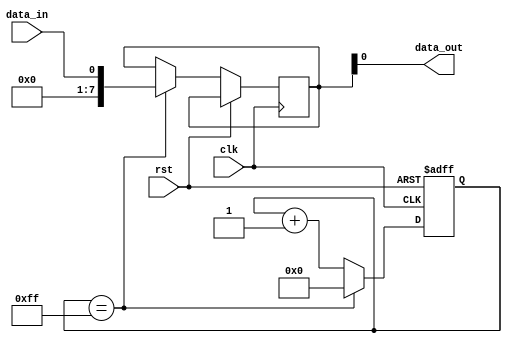
module RC_Delay (
    input wire clk,
    input wire rst,
    input wire data_in,
    output wire data_out
);

  reg [7:0] counter = 8'h00;
  reg [7:0] delay = 8'hFF;
  reg [7:0] rc_delay = 8'h00;

  always @(posedge clk or posedge rst) begin
    if (rst) begin
      counter <= 8'h00;
    end else begin
      if (counter == delay) begin
        rc_delay <= data_in;
        counter <= 8'h00;
      end else begin
        counter <= counter + 1;
      end
    end
  end

  assign data_out = rc_delay;

endmodule